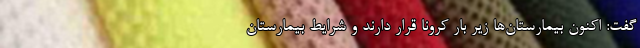
گفت: اکنون بیمارستان‌ها زیر بار کرونا قرار دارند و شرایط بیمارستان‌